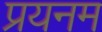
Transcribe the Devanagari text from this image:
प्रयनम